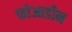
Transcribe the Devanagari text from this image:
फोआडीन